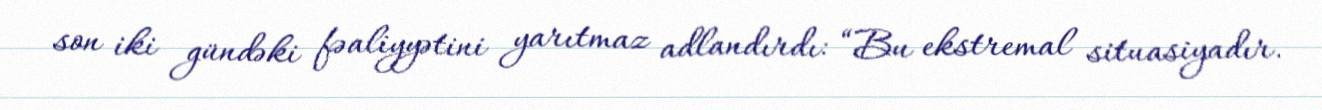
son iki gündəki fəaliyyətini yarıtmaz adlandırdı: “Bu ekstremal situasiyadır.